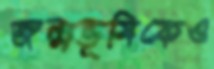
জন্মভূমিকেও